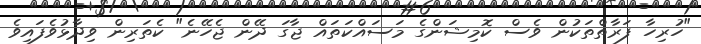
"ހުރިހާ ފަރާތްތަކުން ވެސް ކޮމިޝަންގެ މަސައްކަތައް ޖާގަ ދޭން ޖެހޭނެ" ކެތަރިން ވިދާޅުވެފައިވެ